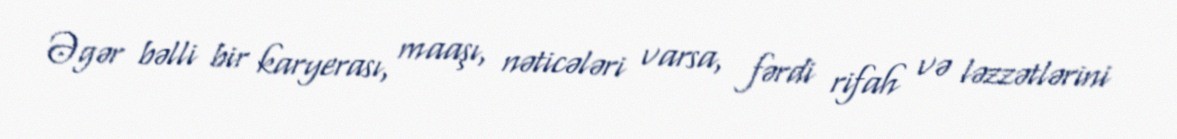
Əgər bəlli bir karyerası, maaşı, nəticələri varsa, fərdi rifah və ləzzətlərini